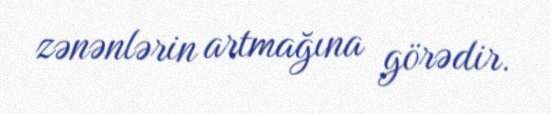
zənənlərin artmağına görədir.